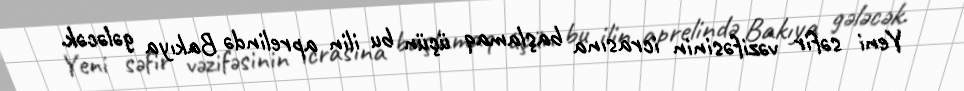
Yeni səfir vəzifəsinin icrasına başlamaq üçün bu ilin aprelində Bakıya gələcək.